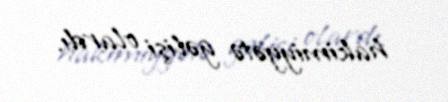
hakimiyyətə gəlişi olardı.